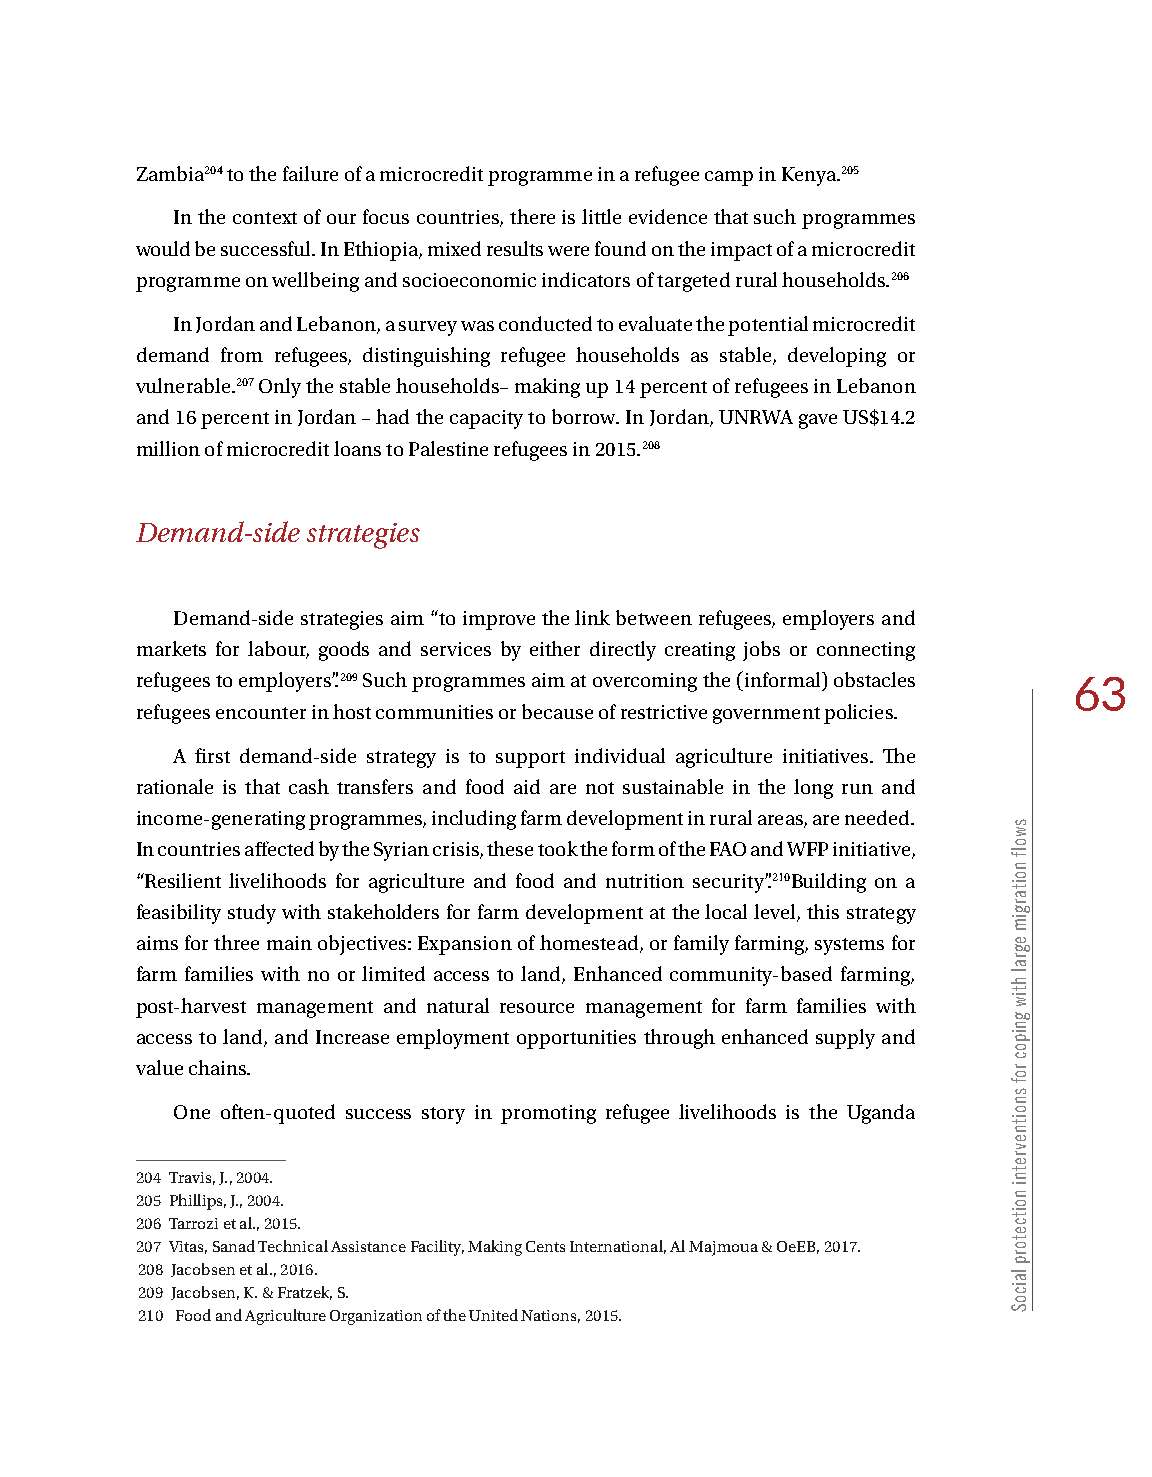
Zambia204 to the failure of a microcredit programme in a refugee camp in Kenya.205
 In the context of our focus countries, there is little evidence that such programmes
 would be successful. In Ethiopia, mixed results were found on the impact of a microcredit
 programme on wellbeing and socioeconomic indicators of targeted rural households.206
 In Jordan and Lebanon, a survey was conducted to evaluate the potential microcredit
 demand from refugees, distinguishing refugee households as stable, developing or
 vulnerable.207 Only the stable households– making up 14 percent of refugees in Lebanon
 and 16 percent in Jordan – had the capacity to borrow. In Jordan, UNRWA gave US$14.2
 million of microcredit loans to Palestine refugees in 2015.208
 Demand-side strategies
 Demand-side strategies aim “to improve the link between refugees, employers and
 markets for labour, goods and services by either directly creating jobs or connecting
 refugees to employers”.209 Such programmes aim at overcoming the (informal) obstacles 63
 refugees encounter in host communities or because of restrictive government policies.
 A first demand-side strategy is to support individual agriculture initiatives. The
 rationale is that cash transfers and food aid are not sustainable in the long run and
 income-generating programmes, including farm development in rural areas, are needed.
 In countries affected by the Syrian crisis, these took the form of the FAO and WFP initiative,
 “Resilient livelihoods for agriculture and food and nutrition security”.210Building on a
 feasibility study with stakeholders for farm development at the local level, this strategy
 aims for three main objectives: Expansion of homestead, or family farming, systems for
 farm families with no or limited access to land, Enhanced community-based farming,
 post-harvest management and natural resource management for farm families with
 access to land, and Increase employment opportunities through enhanced supply and
 value chains.
 One often-quoted success story in promoting refugee livelihoods is the Uganda
 204 Travis, J., 2004.
 205 Phillips, J., 2004.
 206 Tarrozi et al., 2015.
 207 Vitas, Sanad Technical Assistance Facility, Making Cents International, Al Majmoua & OeEB, 2017.
 208 Jacobsen et al., 2016.
 209 Jacobsen, K. & Fratzek, S.
 210 Food and Agriculture Organization of the United Nations, 2015.
 swolf
 noitargim
 egral
 htiw
 gnipoc
 rof
 snoitnevretni
 noitcetorp
 laicoS